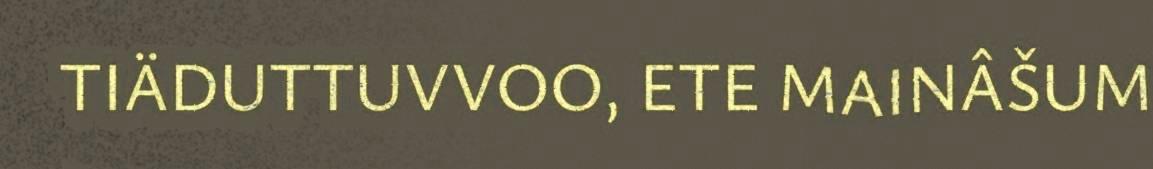
TIÄDUTTUVVOO, ETE MAINÂŠUM